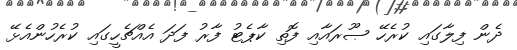
ދެން ފިލާގައި ކުރެހޭ ޞޫރައާއި ފޮތި ކާޕެޓު ފާރު ފަދަ އެއްޗެހީގައި ކުރެހުންއެޅޭ